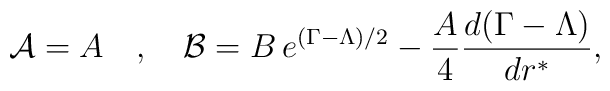
{\cal{A}}=A \quad,\quad {\cal{B}}=B\,e^{(\Gamma-\Lambda)/2}-\frac{A}{4}\frac{d(\Gamma-\Lambda)}{dr^*},